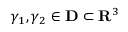
\gamma _ { 1 } , \gamma _ { 2 } \in \mathbf { D } \subset \mathbf { R } ^ { 3 }